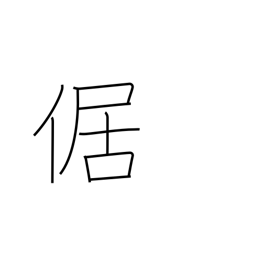
Meaning: squatting with legs outstretched